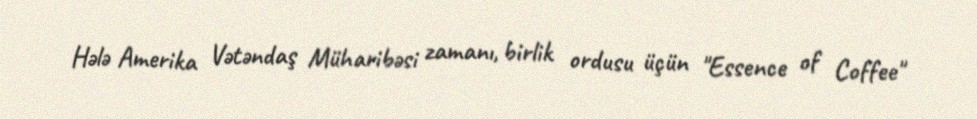
Hələ Amerika Vətəndaş Müharibəsi zamanı, birlik ordusu üçün "Essence of Coffee"